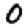
Digit: 0